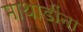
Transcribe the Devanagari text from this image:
माथाडींना